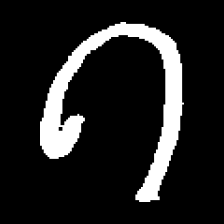
Pyu character \u2014 Myanmar letter: ဂ (romanized: ga)